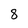
Character: 8